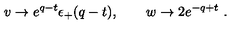
v \to e ^ { q - t } \epsilon _ { + } ( q - t ) , \qquad w \to 2 e ^ { - q + t } \ .